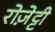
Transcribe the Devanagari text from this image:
रोज़ेट्टी